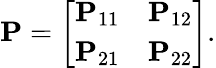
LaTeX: \mathbf{P}={\left[\begin{array}{ll}{\mathbf{P}_{11}}&{\mathbf{P}_{12}}\\ {\mathbf{P}_{21}}&{\mathbf{P}_{22}}\end{array}\right]}.